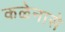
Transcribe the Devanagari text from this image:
कळेनासे